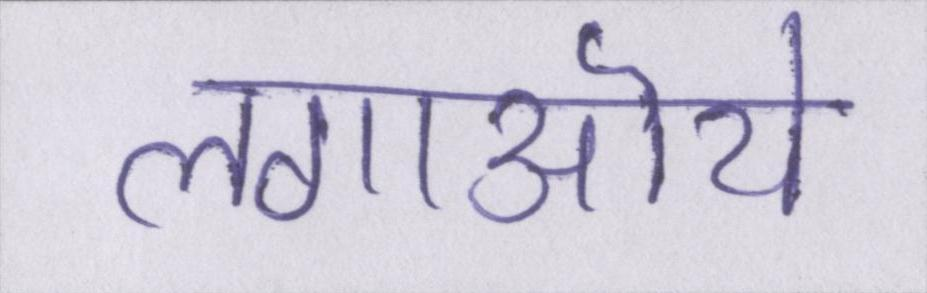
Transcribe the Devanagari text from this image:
लगाऒये